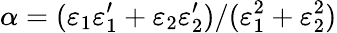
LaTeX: \alpha=(\varepsilon_{1}\varepsilon_{1}^{\prime}+\varepsilon_{2}\varepsilon_{2}^{\prime})/(\varepsilon_{1}^{2}+\varepsilon_{2}^{2})